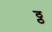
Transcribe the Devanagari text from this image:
ठ्ठ